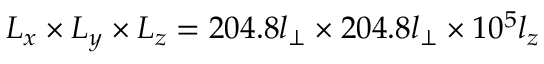
L _ { x } \times L _ { y } \times L _ { z } = 2 0 4 . 8 l _ { \perp } \times 2 0 4 . 8 l _ { \perp } \times 1 0 ^ { 5 } l _ { z }